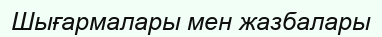
Шығармалары мен жазбалары